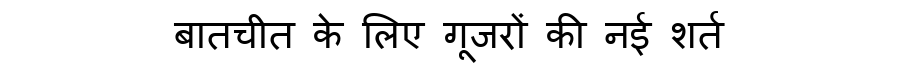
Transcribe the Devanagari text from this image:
बातचीत के लिए गूजरों की नई शर्त